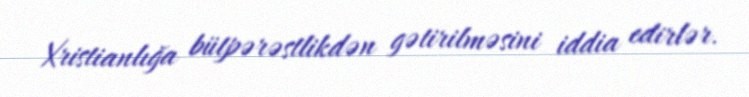
Xristianlığa bütpərəstlikdən gətirilməsini iddia edirlər.